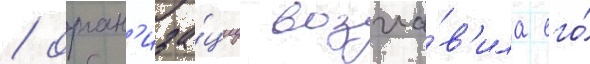
/ орган'иза́циу возгла́в'ила его́